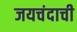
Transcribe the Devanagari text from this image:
जयचंदाची